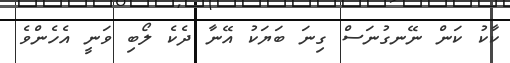
ކާކު ކަން ނޭނގުނަސް ގިނަ ބަޔަކު އޭނާ ދެކެ ލޯބި ވަނީ އެހެންވެ